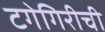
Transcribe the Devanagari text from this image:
टगेगिरीची